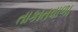
તાકાતવાળા